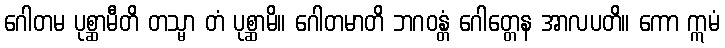
ဂေါတမ ပုစ္ဆာမီတိ တသ္မာ တံ ပုစ္ဆာမိ။ ဂေါတမာတိ ဘဂဝန္တံ ဂေါတ္တေန အာလပတိ။ ကော ဣမံ